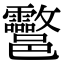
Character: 𨟮